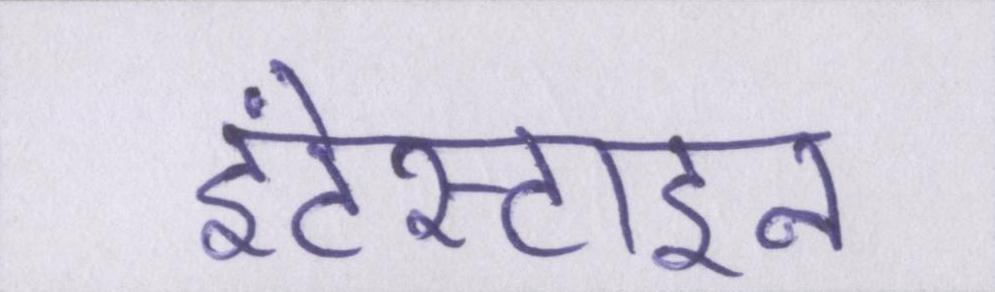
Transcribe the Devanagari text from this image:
इंटेस्टाइन